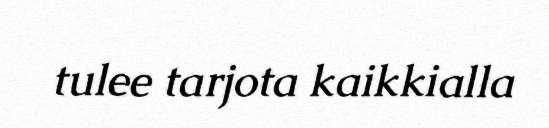
tulee tarjota kaikkialla